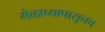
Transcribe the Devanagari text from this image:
मेळाव्यापासूनच